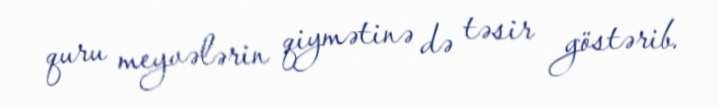
quru meyvələrin qiymətinə də təsir göstərib.